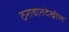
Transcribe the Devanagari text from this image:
ठरावातदेखील